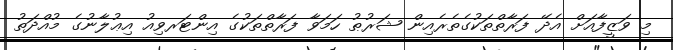
މި ވަޒީފާއަށް އެދޭ ފަރާތްތަކުގެތެރެއިން ޝަރުޠު ހަމަވާ ފަރާތްތަކުގެ އިންޓަރވިއު އިޢުލާނުގެ މުއްދަތު